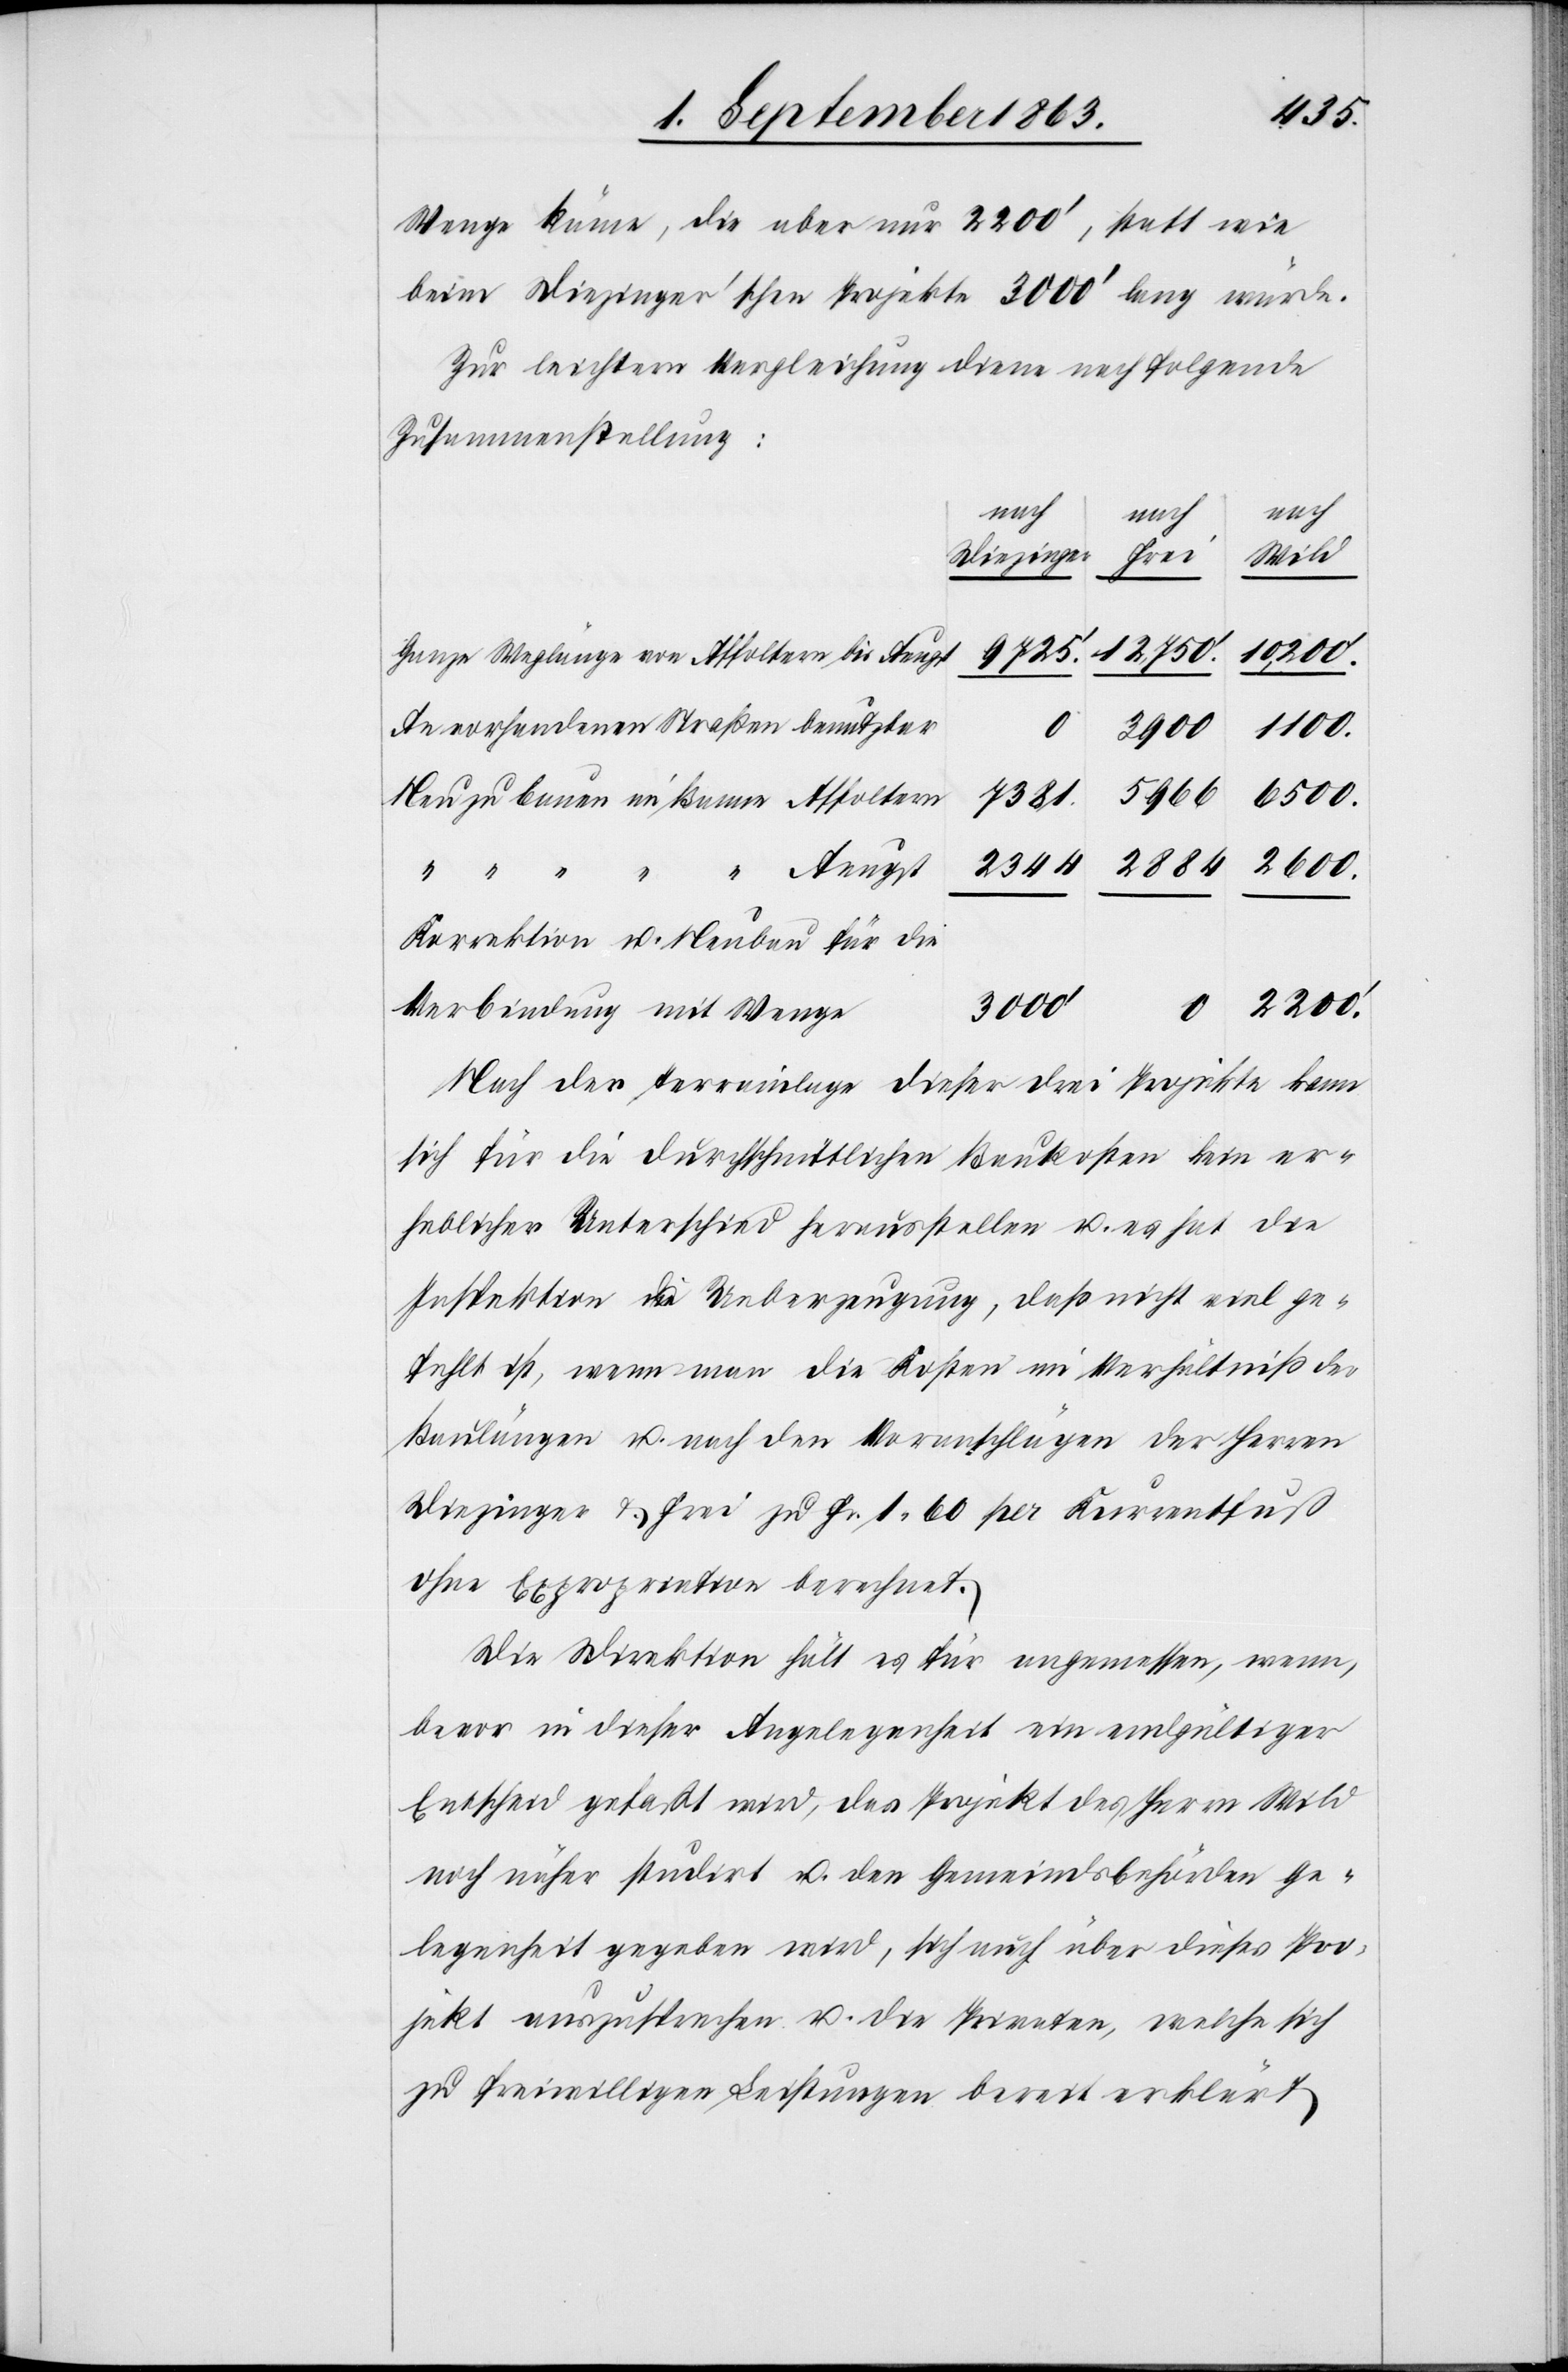
Wenge käme, die aber nur 2200', statt wie
beim Diezinger'schen Projekte 3000' lang würde.
Zur leichtern Vergleichung diene nachfolgende
Zusammenstellung:
nach
st
Banne
Wild
Diezinger
12,750'.
Ganze Weglänge von Affoltern bis Aeug¬
Aeugst
9725'.
An vorhandenen Straßen benutzbar
1100.
2884
2600.
6500.
7381.
2344
Korrektion u. Neubau für die
Verbindung mit Wenige
3000'
Nach der Terrainlage dieser drei Projekte kann
sich für die durchschnittlichen Baukosten kein er¬
heblicher Unterschied herausstellen u. es hat die
Inspektion die Ueberzeugung, daß nicht viel ge¬
fehlt ist, wenn man die Kosten im Verhältniß der
Baulängen u. nach den Voranschlägen der Herren
Diezinger & Frei zu Fr. 1. 60 per Kurrentfuß
ohne Expropriation berechnet.
Die Direktion hält es für angemessen, wenn,
bevor in dieser Angelegenheit ein endgültiger
Entscheid gefaßt wird, das Projekt des Herrn Wild
noch näher studirt u. den Gemeindsbehörden Ge¬
legenheit gegeben wird, sich auch über dieses Pro¬
jekt auszusprechen u. die Privaten, welche sich
zu freiwilligen Leistungen bereit erklärt